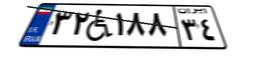
۳۲W۱۸۸۳۴